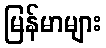
မြန်မာများ